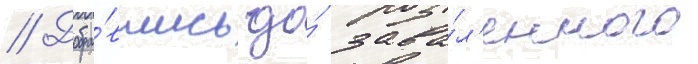
// Добра́вшись до́ зава́л'енного